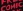
COMIC